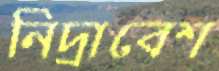
নিদ্রাবেশ